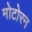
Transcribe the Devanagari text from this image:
मोटोरन